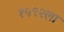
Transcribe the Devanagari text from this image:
१५९२ला